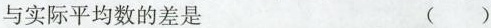
与实际平均数的差是 ( )